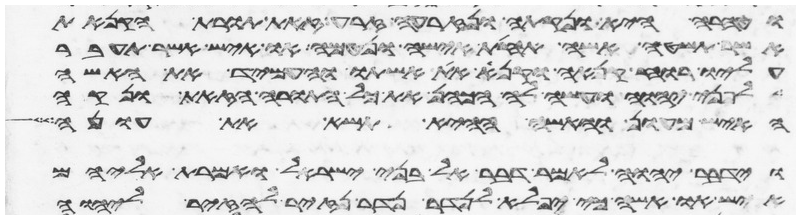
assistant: וטהרה היא ונקתה ונזרעה זרע זאת תורת הקנאת
אשר תשטה אשה תחת אישה ונטמאה או איש אשר תעבר
עליו רוח קנאה וקנא את אשתו והעמיד את האשה
לפני יהוה ועשה לה הכהן את כל התורה הזאת ונקה
האיש מעון והאשה ההיא תשא את עונה
וידבר יהוה אל משה לאמר דבר אל בני ישראל ואמרת אליהם
איש או אשה כי יפלא לנדר נדר נזיר להזיר ליהוה